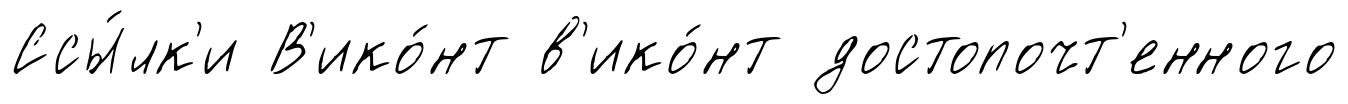
Ссы́лк'и В'ико́нт в'ико́нт достопочт'енного